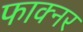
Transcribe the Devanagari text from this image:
फाक्नर